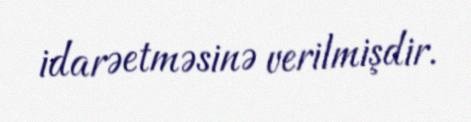
idarəetməsinə verilmişdir.